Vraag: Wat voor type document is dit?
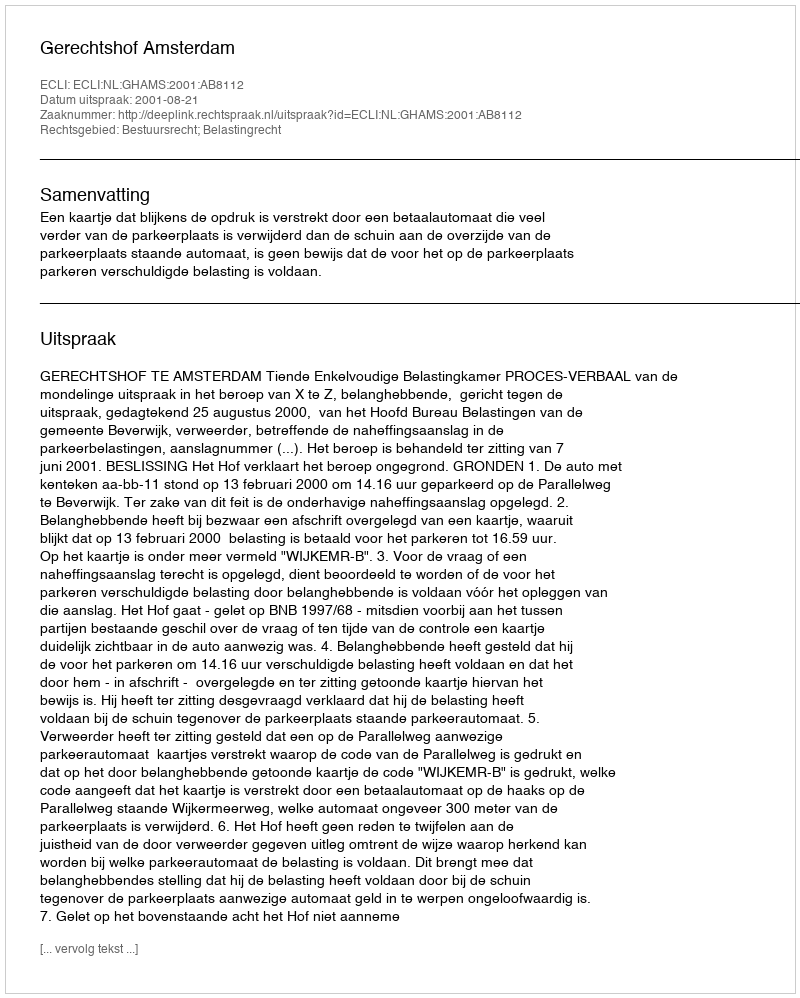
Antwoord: Uitspraak